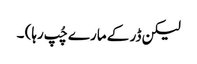
لیکن ڈر کے مارے چُپ رہا) ۔